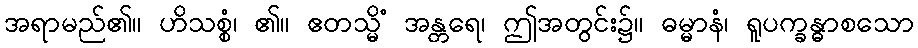
အရာမည်၏။ ဟိသစ္စံ၊ ၏။ ဧတသ္မိံ အန္တရေ၊ ဤအတွင်း၌။ ဓမ္မာနံ၊ ရူပက္ခန္ဓာစသော